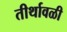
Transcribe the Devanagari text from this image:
तीर्थावळी